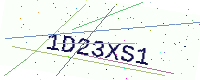
Text: 1D23XS1